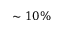
\sim 1 0 \%